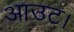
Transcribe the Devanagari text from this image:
आउट।